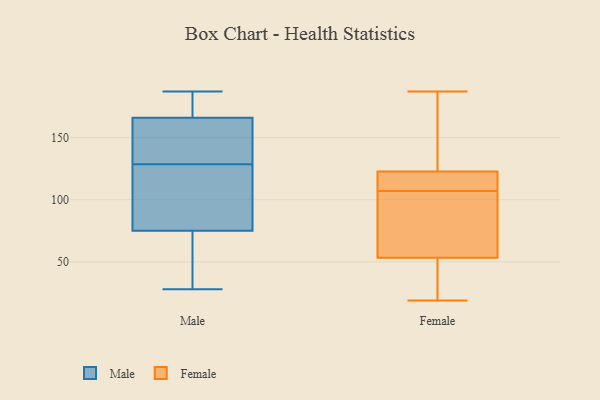
{"axis": {"x": "Customer Acquisition Cost (USD)", "y": "Value"}, "legend": ["Female", "Male"], "data": [{"x": "", "y": 139, "type": "Male"}, {"x": "", "y": 170, "type": "Male"}, {"x": "", "y": 164, "type": "Male"}, {"x": "", "y": 170, "type": "Male"}, {"x": "", "y": 100, "type": "Male"}, {"x": "", "y": 127, "type": "Male"}, {"x": "", "y": 28, "type": "Male"}, {"x": "", "y": 60, "type": "Male"}, {"x": "", "y": 87, "type": "Male"}, {"x": "", "y": 75, "type": "Male"}, {"x": "", "y": 127, "type": "Male"}, {"x": "", "y": 33, "type": "Male"}, {"x": "", "y": 187, "type": "Male"}, {"x": "", "y": 166, "type": "Male"}, {"x": "", "y": 148, "type": "Male"}, {"x": "", "y": 130, "type": "Male"}, {"x": "", "y": 166, "type": "Male"}, {"x": "", "y": 48, "type": "Male"}, {"x": "", "y": 19, "type": "Female"}, {"x": "", "y": 187, "type": "Female"}, {"x": "", "y": 119, "type": "Female"}, {"x": "", "y": 107, "type": "Female"}, {"x": "", "y": 124, "type": "Female"}, {"x": "", "y": 90, "type": "Female"}, {"x": "", "y": 27, "type": "Female"}, {"x": "", "y": 141, "type": "Female"}, {"x": "", "y": 41, "type": "Female"}, {"x": "", "y": 107, "type": "Female"}, {"x": "", "y": 109, "type": "Female"}]}